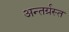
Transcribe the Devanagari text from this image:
अन्‍तर्ग्रस्‍त